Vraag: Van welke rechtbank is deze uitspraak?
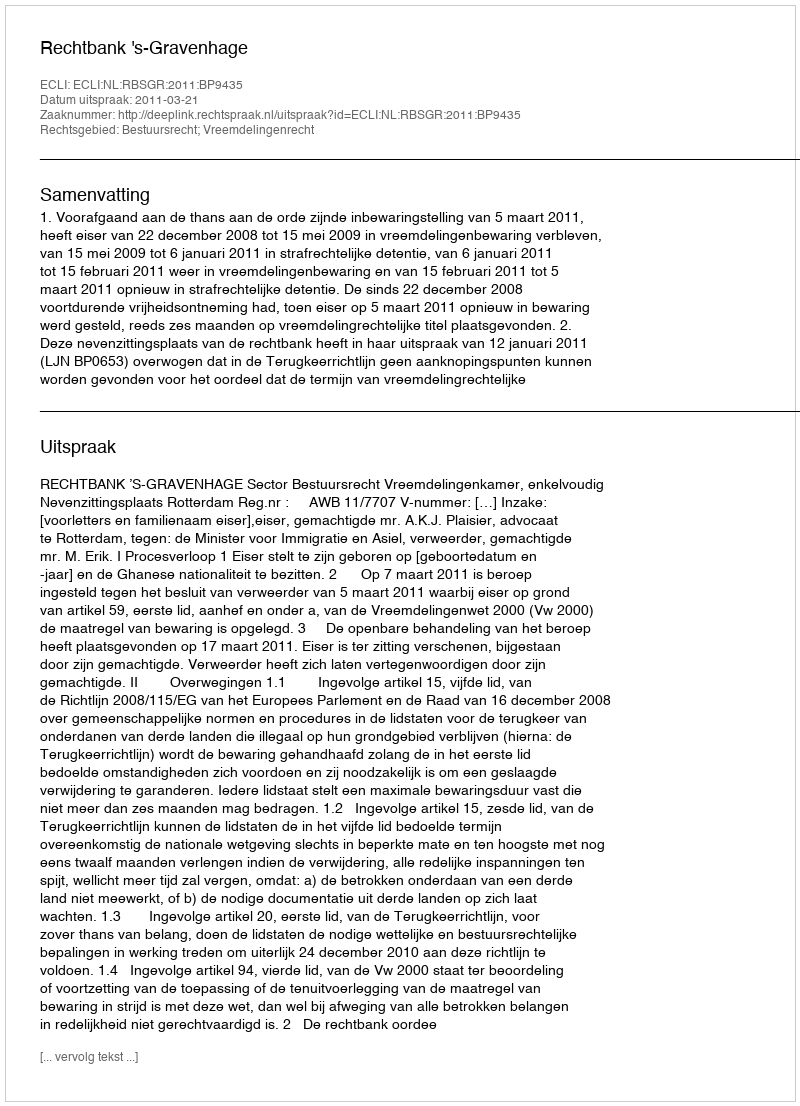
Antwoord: Rechtbank 's-Gravenhage